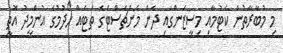
މި މުބާރާތުން ކެޓުމާއި މިސީޒަންގައި ދެން މެންޗެސްޓަގެ ތަޓެއް ހޯދުމުގެ އުންމީދު އޮތީ